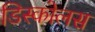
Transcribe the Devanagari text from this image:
डिस्कोलस